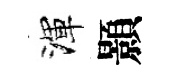
渾顥